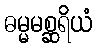
ဓမ္မမစ္ဆရိယံ